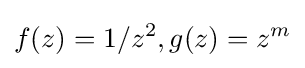
f(z)=1/z^{2},g(z)=z^{m}